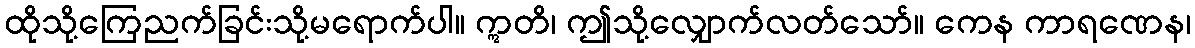
ထိုသို့ကြေညက်ခြင်းသို့မရောက်ပါ။ ဣတိ၊ ဤသို့လျှောက်လတ်သော်။ ကေန ကာရဏေန၊